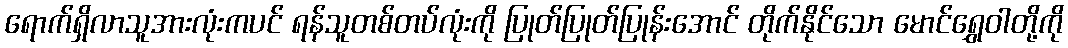
ရောက်ရှိလာသူအားလုံးကပင် ရန်သူတစ်တပ်လုံးကို ပြုတ်ပြုတ်ပြုန်းအောင် တိုက်နိုင်သော မောင်ရွှေဝါတို့ကို